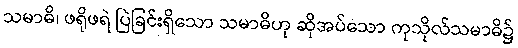
သမာဓိ၊ ဖရိုဖရဲ ပြဲခြင်းရှိသော သမာဓိဟု ဆိုအပ်သော ကုသိုလ်သမာဓိ၌